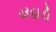
વરહાડી